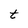
Character: t